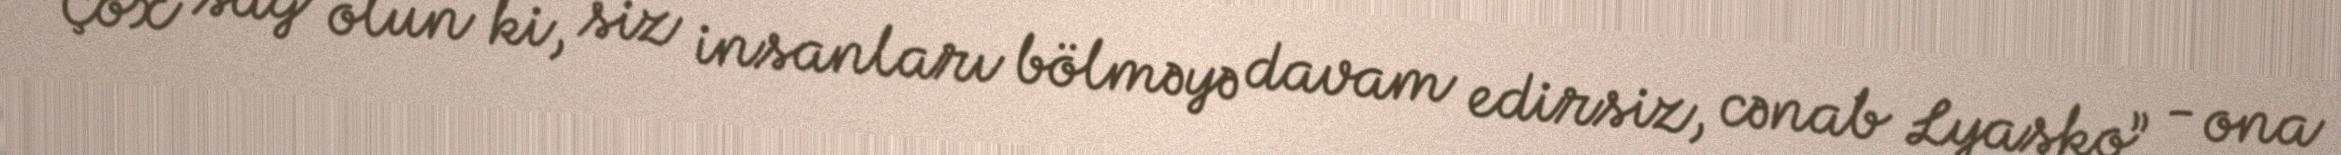
“Çox sağ olun ki, siz insanları bölməyə davam edirsiz, cənab Lyaşko” - ona